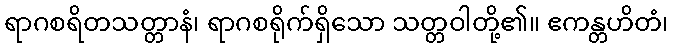
ရာဂစရိတသတ္တာနံ၊ ရာဂစရိုက်ရှိသော သတ္တဝါတို့၏။ ဧကန္တဟိတံ၊